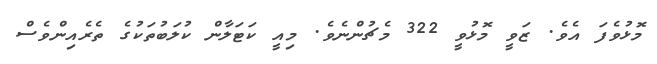
މޮޅުވެފަ އެވެ. ޒަވީ މޮޅުވީ 322 މެޗުންނެވެ. މިއީ ކަޓަލާން ކުލަބުތަކުގެ ތެރެއިންވެސް